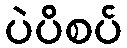
ပဲပိစပ်